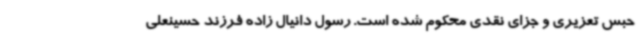
حبس تعزیری و جزای نقدی محکوم شده است. رسول دانیال زاده فرزند حسینعلی